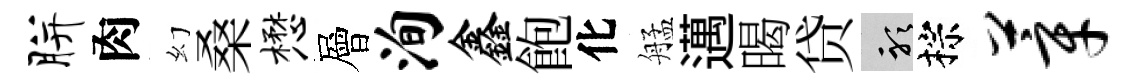
胼肉幻桑懋層洵鑫飽化艋邁暍贷聽棕莘